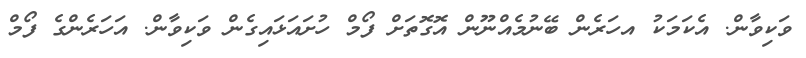
ވަކިވާން. އެކަމަކު އހަރެން ބޭނުމެއްނޫން އޮގޮތަށް ފޯމް ހުށައަޅައިގެން ވަކިވާން. އަހަރެންގެ ފޯމް